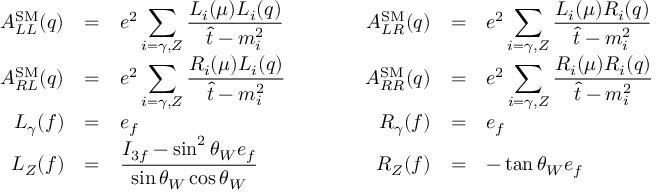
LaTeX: \begin{array} { r c l c r c l } { { A _ { L L } ^ { \mathrm { S M } } ( q ) } } & { { = } } & { { \displaystyle e ^ { 2 } \sum _ { i = \gamma , Z } \frac { L _ { i } ( \mu ) L _ { i } ( q ) } { \hat { t } - m _ { i } ^ { 2 } } } } & { { \qquad } } & { { A _ { L R } ^ { \mathrm { S M } } ( q ) } } & { { = } } & { { \displaystyle e ^ { 2 } \sum _ { i = \gamma , Z } \frac { L _ { i } ( \mu ) R _ { i } ( q ) } { \hat { t } - m _ { i } ^ { 2 } } } } \\ { { A _ { R L } ^ { \mathrm { S M } } ( q ) } } & { { = } } & { { \displaystyle e ^ { 2 } \sum _ { i = \gamma , Z } \frac { R _ { i } ( \mu ) L _ { i } ( q ) } { \hat { t } - m _ { i } ^ { 2 } } } } & { { } } & { { A _ { R R } ^ { \mathrm { S M } } ( q ) } } & { { = } } & { { \displaystyle e ^ { 2 } \sum _ { i = \gamma , Z } \frac { R _ { i } ( \mu ) R _ { i } ( q ) } { \hat { t } - m _ { i } ^ { 2 } } } } \\ { { L _ { \gamma } ( f ) } } & { { = } } & { { \displaystyle e _ { f } } } & { { } } & { { R _ { \gamma } ( f ) } } & { { = } } & { { \displaystyle e _ { f } } } \\ { { L _ { Z } ( f ) } } & { { = } } & { { \displaystyle \frac { I _ { 3 f } - \sin ^ { 2 } \theta _ { W } e _ { f } } { \sin \theta _ { W } \cos \theta _ { W } } } } & { { } } & { { R _ { Z } ( f ) } } & { { = } } & { { \displaystyle - \tan \theta _ { W } e _ { f } } } \end{array}